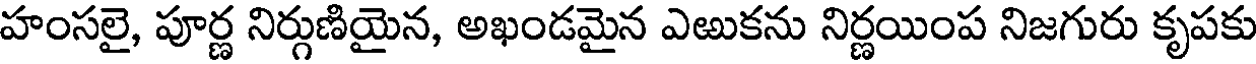
హంసలై, పూర్ణ నిర్గుణియైన, అఖండమైన ఎఱుకను నిర్ణయింప నిజగురు కృపకు